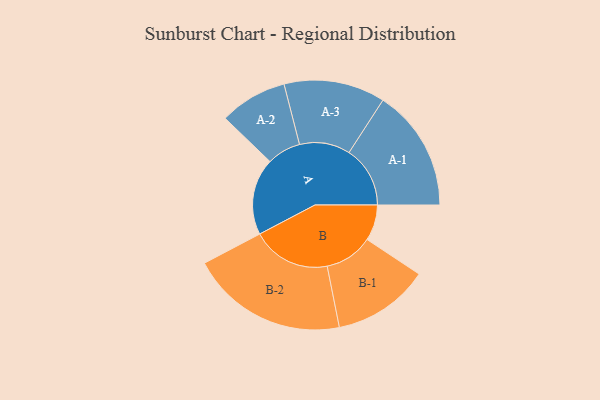
{"axis": {"x": "Segment", "y": "Value"}, "legend": ["", "A", "B"], "data": [{"x": "A", "y": 265, "type": ""}, {"x": "B", "y": 124, "type": ""}, {"x": "A-1", "y": 211, "type": "A"}, {"x": "A-2", "y": 117, "type": "A"}, {"x": "A-3", "y": 175, "type": "A"}, {"x": "B-1", "y": 167, "type": "B"}, {"x": "B-2", "y": 272, "type": "B"}]}